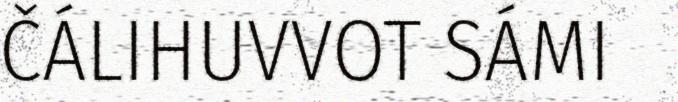
ČÁLIHUVVOT SÁMI